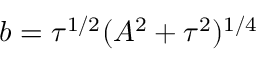
b = \tau ^ { 1 / 2 } ( A ^ { 2 } + \tau ^ { 2 } ) ^ { 1 / 4 }